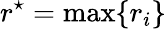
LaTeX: r^{\star}=\operatorname*{max}\{ r_{i}\}